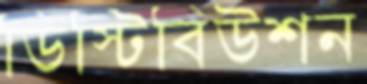
ডিস্টিবিউশন